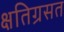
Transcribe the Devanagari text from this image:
क्षतिग्रसत